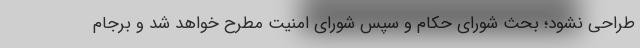
طراحی نشود؛ بحث شورای حکام و سپس شورای امنیت مطرح خواهد شد و برجام